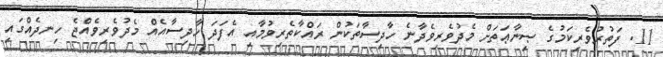
11. ފަތުރުވެރިކަމުގެ ޞިނާޢަތަށް މެދުވެރިވެދާނެ ހާދިސާތަކުން ރައްކާތެރިވުމާއި އެފަދަ ހާދިސާއެއް މެދުވެރިވެއްޖެ ހިނދެއްގައި